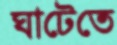
ঘাটেতে